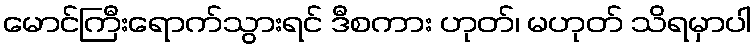
မောင်ကြီးရောက်သွားရင် ဒီစကား ဟုတ်၊ မဟုတ် သိရမှာပါ